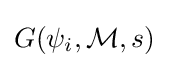
G(\psi _{i},{\mathcal {M}},s)